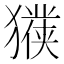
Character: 𱮧